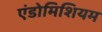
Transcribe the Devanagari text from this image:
एंडोमिशियम